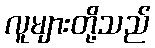
လူများတို့သည်